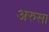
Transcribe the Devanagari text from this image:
अरुसा